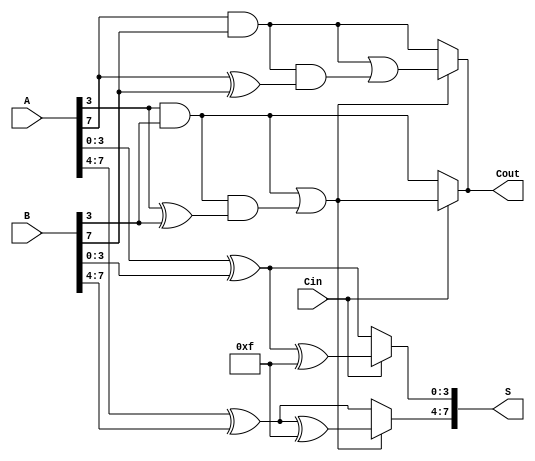
module HybridCarrySelectAdder #(parameter N = 8, parameter BLOCK_SIZE = 4) (
    input [N-1:0] A,
    input [N-1:0] B,
    input Cin,
    output [N-1:0] S,
    output Cout
);
    // Number of blocks
    localparam NUM_BLOCKS = N / BLOCK_SIZE;
    
    // Intermediate sums and carries
    wire [BLOCK_SIZE-1:0] S0 [0:NUM_BLOCKS-1];
    wire [BLOCK_SIZE-1:0] S1 [0:NUM_BLOCKS-1];
    wire C0 [0:NUM_BLOCKS-1];
    wire C1 [0:NUM_BLOCKS-1];
    wire [NUM_BLOCKS-1:0] Cprev;
    
    genvar i, j;

    // Generate blocks
    generate
        for (i = 0; i < NUM_BLOCKS; i = i + 1) begin : block
            // Calculate indices for A and B
            wire [BLOCK_SIZE-1:0] A_block = A[i*BLOCK_SIZE +: BLOCK_SIZE];
            wire [BLOCK_SIZE-1:0] B_block = B[i*BLOCK_SIZE +: BLOCK_SIZE];
            
            // Generate S0 and C0 for Cin = 0
            assign S0[i] = A_block ^ B_block; // S0 = A XOR B
            assign C0[i] = A_block[BLOCK_SIZE-1] & B_block[BLOCK_SIZE-1]; // C0 = A AND B for last bit

            // Generate S1 and C1 for Cin = 1
            assign S1[i] = A_block ^ B_block ^ {BLOCK_SIZE{1'b1}}; // S1 = A XOR B XOR 1
            assign C1[i] = (A_block[BLOCK_SIZE-1] & B_block[BLOCK_SIZE-1]) | 
                            (C0[i] & (A_block[BLOCK_SIZE-1] ^ B_block[BLOCK_SIZE-1])); // C1 logic
            
            // Calculate carry propagation
            if (i == 0) begin
                assign Cprev[i] = Cin; // First block takes Cin directly
            end else begin
                assign Cprev[i] = C1[i-1]; // Subsequent blocks take previous C1
            end
        end
    endgenerate

    // Output selection
    generate
        for (j = 0; j < NUM_BLOCKS; j = j + 1) begin : output_selection
            assign S[j*BLOCK_SIZE +: BLOCK_SIZE] = (Cprev[j] == 1'b0) ? S0[j] : S1[j];
            if (j == 0) begin
                assign Cout = (Cprev[j] == 1'b0) ? C0[j] : C1[j]; // Cout is from first block
            end 
            else if (j == NUM_BLOCKS-1) begin
                assign Cout = (Cprev[j] == 1'b0) ? C0[j] : C1[j]; // Cout from last block
            end
        end
    endgenerate

endmodule